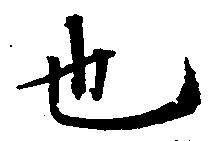
也